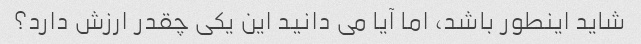
شاید اینطور باشد، اما آیا می دانید این یکی چقدر ارزش دارد؟